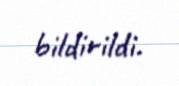
bildirildi.